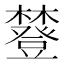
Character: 𧰔